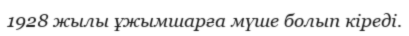
1928 жылы ұжымшарға мүше болып кіреді.